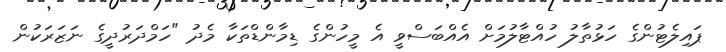
ޕައިލެޓުންގެ ހަޅުތާލު ހުއްޓާލުމަށް އެއްބަސްވީ އެ މީހުންގެ ޑިމާންޑްތަކާ މެދު "ހަމްދަރުދީގެ ނަޒަރަކުން